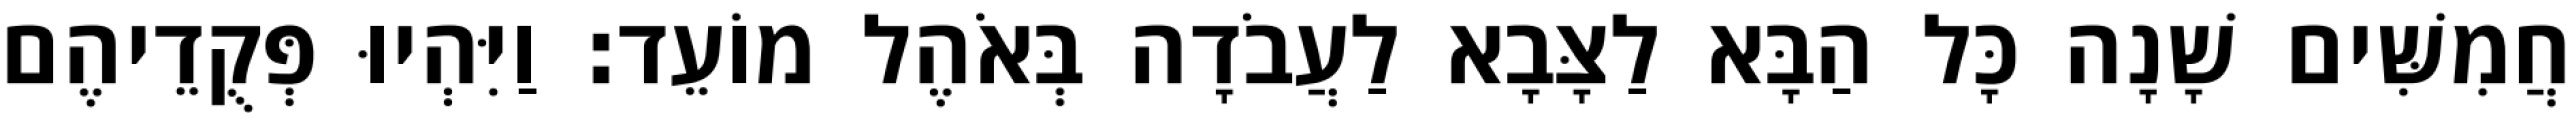
חֲמִשִּׁים שָׁנָה כָּל הַבָּא לַצָּבָא לַעֲבֹדָה בְּאֹהֶל מוֹעֵד׃ וַיִּהְיוּ פְּקֻדֵיהֶם